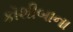
કૉશીબાના